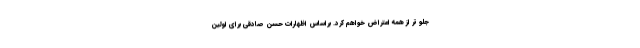
جلو تر از همه اعتراض خواهم کرد. براساس اظهارات حسن صادقی برای اولین